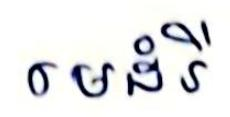
មេដំរី